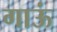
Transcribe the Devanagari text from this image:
गाऊं